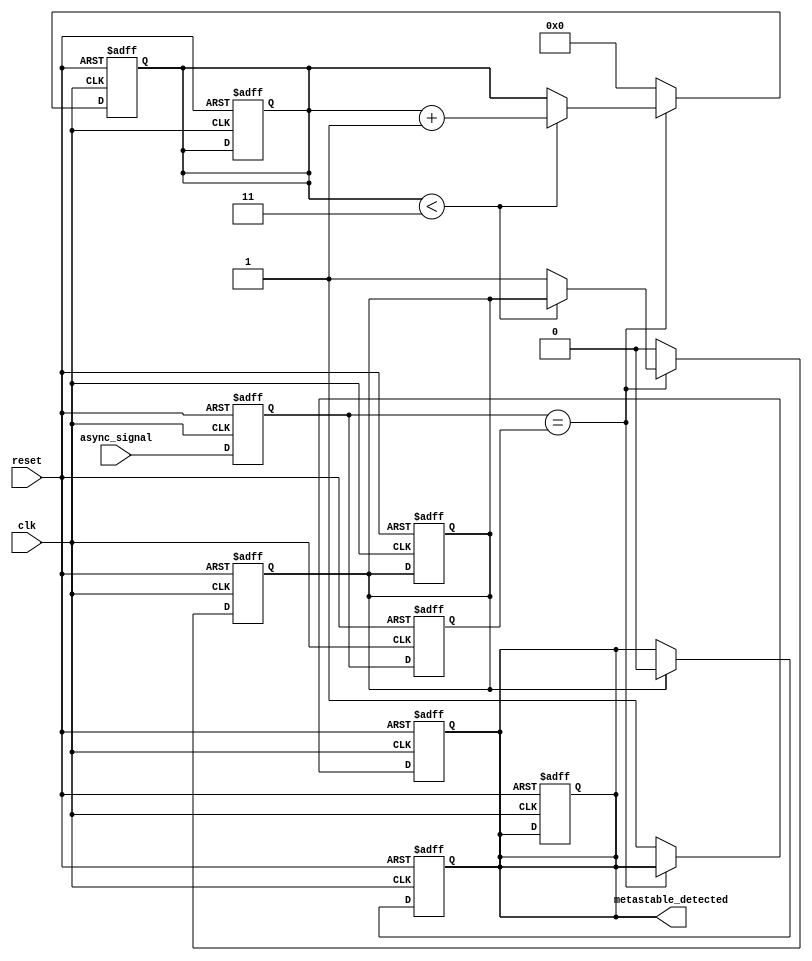
module metastability_detector (
    input wire async_signal,       // Input signal that may be metastable
    input wire clk,                // Stable clock signal
    input wire reset,              // Reset signal to initialize the system
    output reg metastable_detected  // Output indicator for metastability
);

    // Parameters
    parameter STABILITY_CYCLES = 4; // Number of cycles to confirm stability

    // Internal signals
    reg latch1, latch2;
    reg [STABILITY_CYCLES-1:0] stability_counter; // Counter for stability checking
    reg stable_flag; // Indicates if the output is stable

    // Latch the async signal on the clock edge
    always @(posedge clk or posedge reset) begin
        if (reset) begin
            latch1 <= 1'b0;
            latch2 <= 1'b0;
            metastable_detected <= 1'b0;
            stability_counter <= 0;
            stable_flag <= 1'b0;
        end else begin
            latch1 <= async_signal; // Sample async signal
            latch2 <= latch1;       // Sample output of latch1
        end
    end

    // Stability monitoring
    always @(posedge clk or posedge reset) begin
        if (reset) begin
            stability_counter <= 0;
            stable_flag <= 1'b0;
            metastable_detected <= 1'b0;
        end else begin
            if (latch1 == latch2) begin
                // If outputs are the same, increment stability counter
                if (stability_counter < (STABILITY_CYCLES - 1)) begin
                    stability_counter <= stability_counter + 1;
                end else begin
                    stable_flag <= 1'b1; // Outputs are stable
                end
            end else begin
                // If outputs differ, reset stability counter and set metastable detected
                stability_counter <= 0;
                metastable_detected <= 1'b1;
                stable_flag <= 1'b0; // Outputs are not stable
            end
        end
    end

    // Reset metastable detected after stability is confirmed
    always @(posedge clk or posedge reset) begin
        if (reset) begin
            metastable_detected <= 1'b0;
        end else if (stable_flag) begin
            metastable_detected <= 1'b0; // Clear flag if stable
        end
    end

endmodule